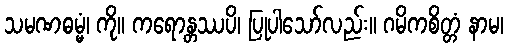
သမဏဓမ္မံ၊ ကို။ ကရောန္တဿပိ၊ ပြုပါသော်လည်း။ ဂမိကစိတ္တံ နာမ၊